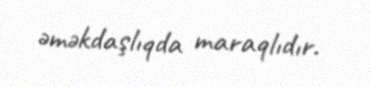
əməkdaşlıqda maraqlıdır.